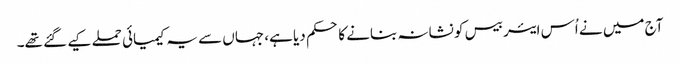
آج میں نے اُس ایئر بیس کو نشانہ بنانے کا حکم دیا ہے، جہاں سے یہ کیمیائی حملے کیے گئے تھے۔